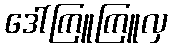
ဒေါ်ကြူကြူလှ